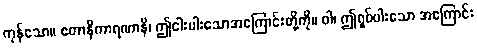
ကုန်သော။ ဧတာနိကာရဏာနိ၊ ဤငါးပါးသောအကြောင်းတို့ကို။ ဝါ၊ ဤရှစ်ပါးသော အကြောင်း